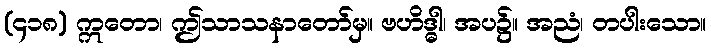
(၄၁၈) ဣတော၊ ဤသာသနာတော်မှ။ ဗဟိဒ္ဓါ၊ အပ၌။ အညံ၊ တပါးသော။